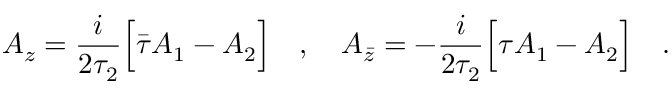
A _ { z } = \frac { i } { 2 \tau _ { 2 } } \Big [ \bar { \tau } A _ { 1 } - A _ { 2 } \Big ] \ \ \ , \ \ \ A _ { \bar { z } } = - \frac { i } { 2 \tau _ { 2 } } \Big [ \tau A _ { 1 } - A _ { 2 } \Big ] \ \ \ .